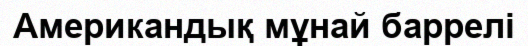
Американдық мұнай баррелі